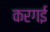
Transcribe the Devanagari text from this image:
करगई